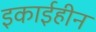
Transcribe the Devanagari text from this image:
इकाईहीन